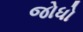
જોધો